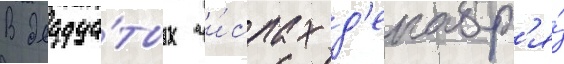
В двадца́тых чи́слах д'екабр'я́